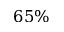
6 5 \%